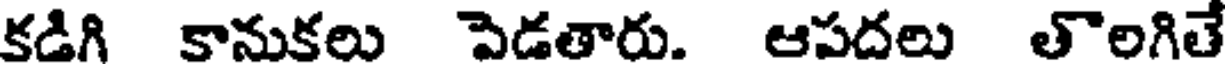
కడిగి కానుకలు పెడతారు. ఆపదలు తొలగితే